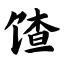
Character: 馇